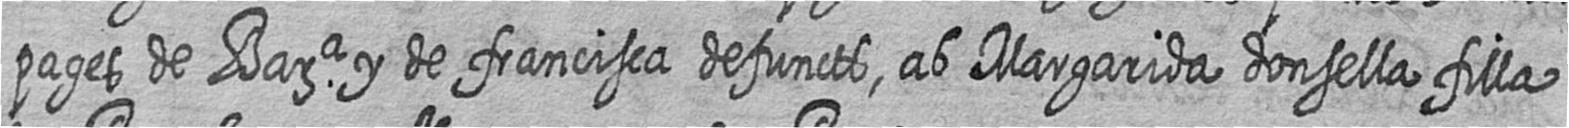
pages de Bara y de francisca defuncts ab Margarida donsella filla